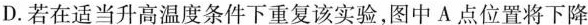
D.若在适当升高温度条件下重复该实验，图中A点位置将下降